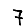
Digit: 7